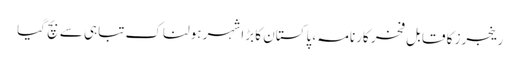
رینجرز کا قابل فخر کارنامہ ، پاکستان کا بڑا شہر ہولناک تباہی سے بچ گیا